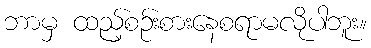
ဘာမှ ထည့်စဉ်းစားနေစရာမလိုပါဘူး။